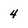
Character: 4